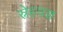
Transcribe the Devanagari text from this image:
स्नेहयज्ञ